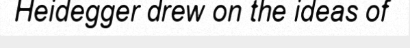
Heidegger drew on the ideas of